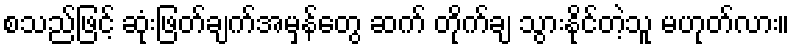
စသည်ဖြင့် ဆုံးဖြတ်ချက်အမှန်တွေ ဆက် တိုက်ချ သွားနိုင်တဲ့သူ မဟုတ်လား။